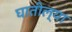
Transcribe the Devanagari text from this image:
घातील्या